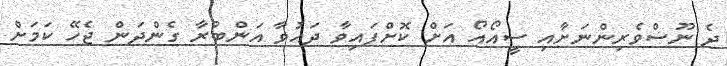
ދެ ނޫސްވެރިންނަށާއި ސީއޯއޯ އަށް ކޮށްފައިވާ ދައުވާ އަންބުރާ ގެންދަން ޖެހޭ ކަމަށް